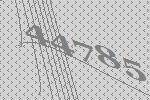
44785